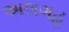
અલગહ